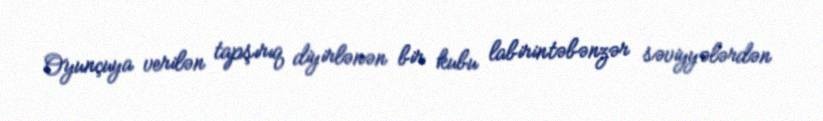
Oyunçuya verilən tapşırıq diyirlənən bir kubu labirintəbənzər səviyyələrdən